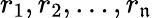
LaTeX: r_{1},r_{2},\ldots,r_{\mathfrak{n}}